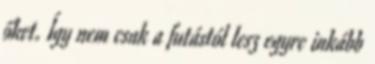
őket. Így nem csak a futástól lesz egyre inkább